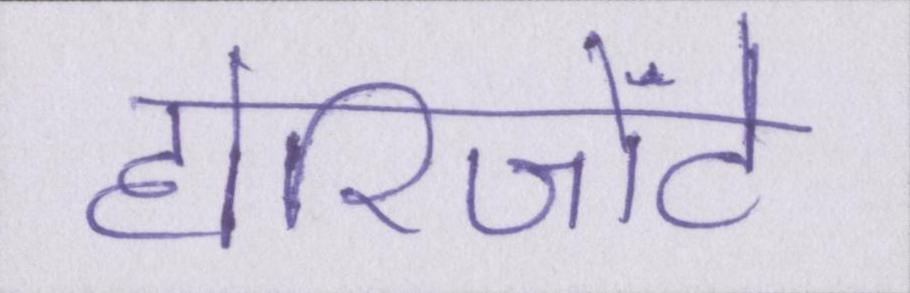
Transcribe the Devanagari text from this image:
होरिजोंटे